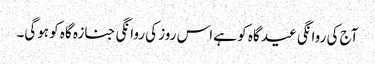
آج کی روانگی عید گاہ کو ہے اس روز کی روانگی جنازہ گاہ کو ہوگی۔